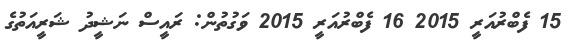
15 ފެބްރުއަރީ 2015 16 ފެބްރުއަރީ 2015 ވަގުތުން: ރައީސް ނަޝީދު ޝަރީއަތުގެ